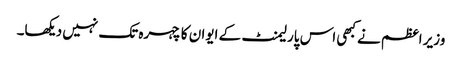
وزیر اعظم نے کبھی اس پارلیمنٹ کے ایوان کا چہرہ تک نہیں دیکھا۔